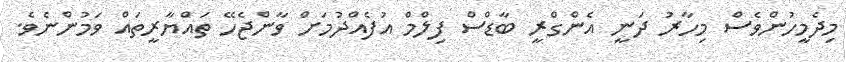
މިދެމީހުންވެސް މިހާރު ދަނީ އެންގްރީ ބާޑްސް ފިލްމް އުފެއްދުމަށް ވާންޖެހޭ ތައްޔާރީތައް ވަމުންނެވެ.